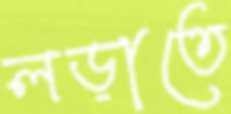
লড়াতে